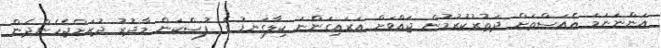
އަންނަނަމަ އެއަސްތަށް ދަތުރުކުރުމުން ޖައްވަށް އަރައިގަންނަ ކިލާގަނޑު ގެ ފުސްކަން މާދުރު ދުރަށްޖެހެންދެން